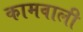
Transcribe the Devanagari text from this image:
कामवाली